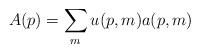
LaTeX: \begin{align*}A(p)=\sum_{m}u(p,m)a(p,m) \\ \end{align*}